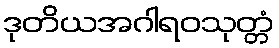
ဒုတိယအဂါရဝသုတ္တံ